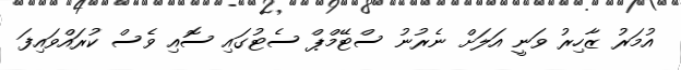
އުމަރު ޒާހިރު ވަނީ އަލަށް ނެރުނު ސްޓޭމްޕް ސެޓުގައި ސޮއި ވެސް ކުރައްވައިފަ